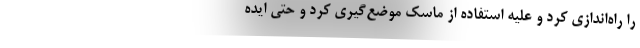
را راه‌اندازی کرد و علیه استفاده از ماسک موضع‌گیری کرد و حتی ایده